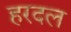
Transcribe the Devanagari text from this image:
हरदल